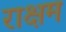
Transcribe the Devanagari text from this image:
राक्षम